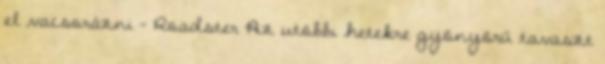
el vacsorázni – Roadster Az utóbbi hetekre gyönyörű tavaszt